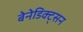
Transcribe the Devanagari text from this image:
बेनेडिक्ट्सन